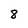
Character: 8